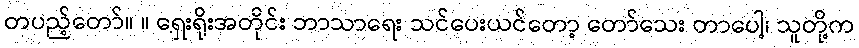
တပည့်တော်။ ။ ရှေးရိုးအတိုင်း ဘာသာရေး သင်ပေးယင်တော့ တော်သေး တာပေါ့၊ သူတို့က